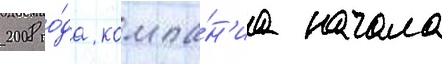
2008 го́да компа́н'иа начала